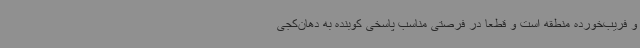
و فریب‌خورده منطقه است و قطعا در فرصتی مناسب پاسخی کوبنده به دهان‌کجی